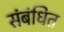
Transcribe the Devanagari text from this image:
संबंधित